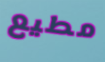
مطيع